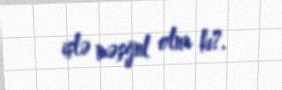
işlə məşğul olur ki?.